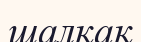
шалқақ